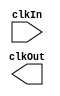
module ClockDivider(input clkIn, output clkOut);
    parameter divider = 25000000; // 25000000 w/CLOCK_50 = 1 Hz (posedge, negedge)
    parameter counterSize = 32; // Must be at least ceil(log^2(divider))
    
    reg [(counterSize - 1):0] counter;
    reg onEdge = 0;

    always @(posedge clkIn) begin
        counter = (counter + 1);
        
        if (counter == divider) begin
            onEdge <= ~onEdge;
            counter <= 0;
        end
    end

    assign clkout = onEdge;
endmodule